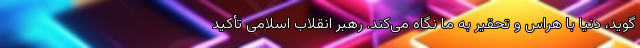
گوید، دنیا با هراس و تحقیر به ما نگاه می‌کند. رهبر انقلاب اسلامی تأکید